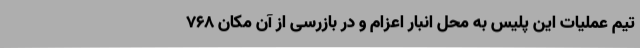
تیم عملیات این پلیس به محل انبار اعزام و در بازرسی از آن مکان 768